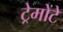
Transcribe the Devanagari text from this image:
ट्रेमोंटे